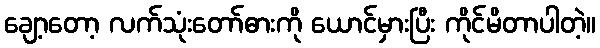
ချော့တော့ လက်သုံးတော်ဓားကို ယောင်မှားပြီး ကိုင်မိတာပါတဲ့။